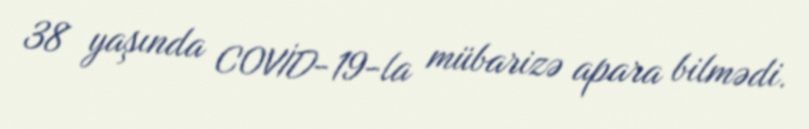
38 yaşında COVİD-19-la mübarizə apara bilmədi.